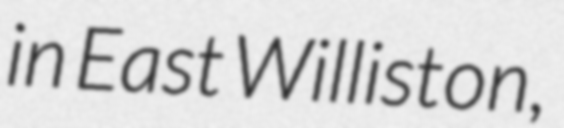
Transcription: in East Williston,